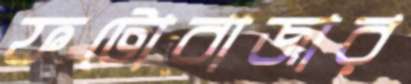
ফটোবাজার